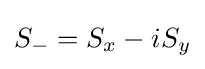
S_{-}=S_{x}-iS_{y}